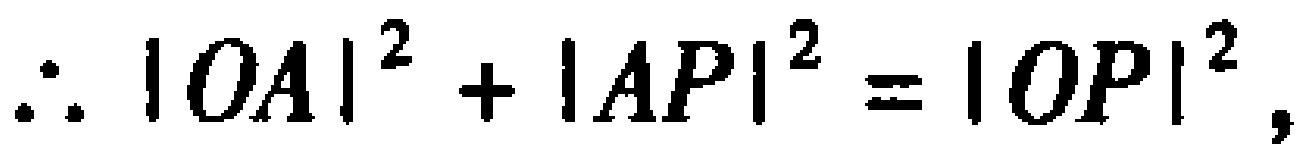
\[\therefore |OA|^{2}+|AP|^{2}=|OP|^{2},\]